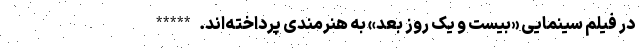
در فیلم سینمایی «بیست و یک روز بعد» به هنرمندی پرداخته‌اند. *****